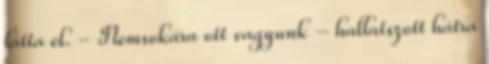
látta el. - Nemsokára ott vagyunk - hallatszott hátra